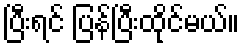
ပြီးရင် ပြန်ပြီးထိုင်မယ်။